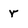
Character: r